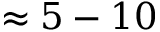
\approx 5 - 1 0